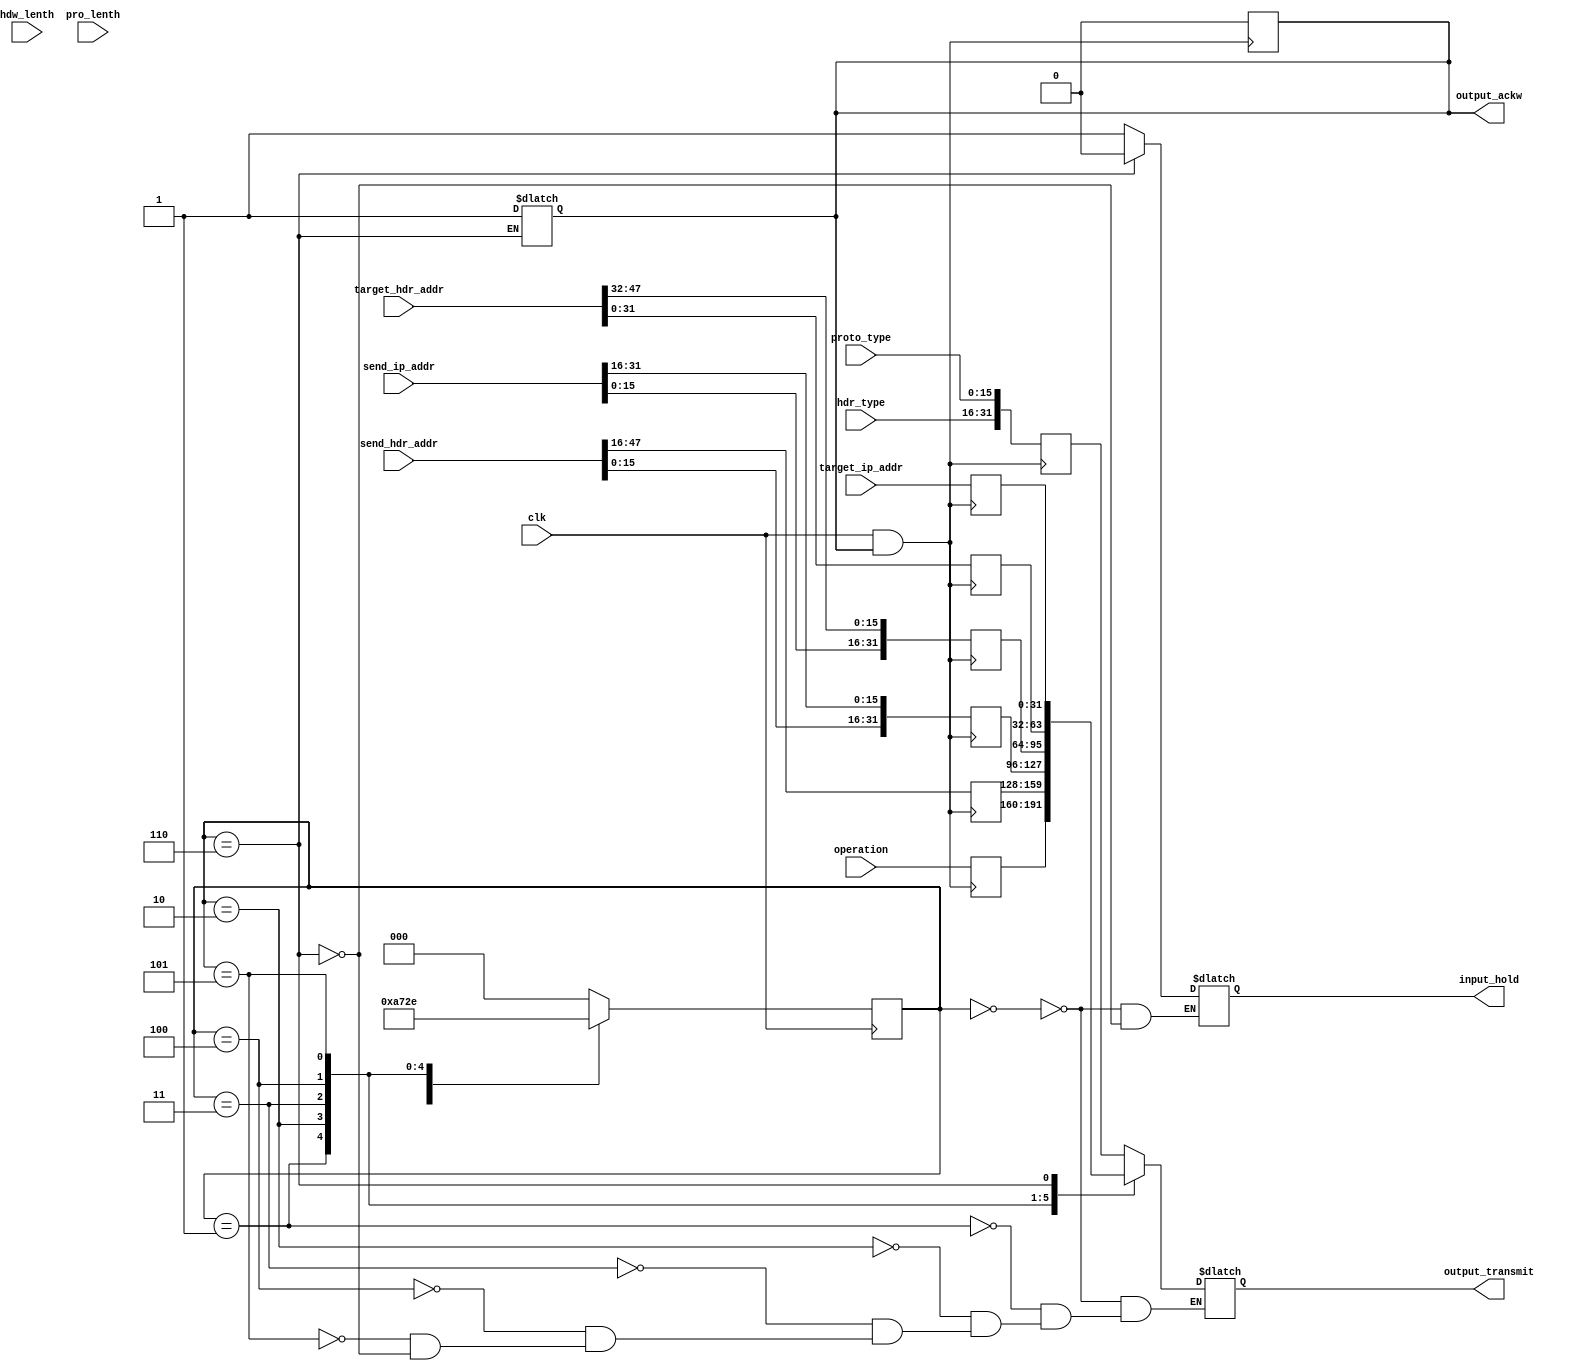
`timescale 1ns / 1ps
//////////////////////////////////////////////////////////////////////////////////
// Company: 
// Engineer: 
// 
// Design Name: 
// Module Name: arp_transm
// Project Name: 
// Target Devices: 
// Tool Versions: 
// Description: 
// 
// Dependencies: 
// 
// Revision:
// Revision 0.01 - File Created
// Additional Comments:
// 
//////////////////////////////////////////////////////////////////////////////////


module arp_transm(hdw_lenth,pro_lenth,operation,hdr_type,proto_type,send_hdr_addr,send_ip_addr,target_hdr_addr,target_ip_addr,output_transmit,clk,output_ackw,input_hold);
input [15:0] hdr_type;        //hardware type
input [15:0] proto_type;      //protocol type
input [47:0] send_hdr_addr;   //sender mac address
input [31:0] send_ip_addr;    //sender ip address
input [47:0] target_hdr_addr; //target mac address
input [31:0] target_ip_addr;
input [7:0] hdw_lenth;
input [15:8] pro_lenth;
input [31:0] operation;//target ip address
input clk;                    //clock

output reg [31:0] output_transmit; //transmitted output 

output reg output_ackw=1;  //output is transmitted

output reg input_hold=0;

 reg [31:0] M0;
 reg [31:0] M1;
 reg [31:0] M2;
 reg [31:0] M3;
 reg [31:0] M4;
 reg [31:0] M5;
 reg [31:0] M6;
 
 parameter s0=3'b000;
 parameter s1=3'b001;
 parameter s2=3'b010;
 parameter s3=3'b011;
 parameter s4=3'b100;
 parameter s5=3'b101;
 parameter s6=3'b110;
 
reg [2:0]state;
reg [2:0]next_state=s0;




always@(posedge clk & output_ackw)
begin
   /*storing the input into temporary registers before transferring to the output*/
  M0 <= {hdr_type,proto_type};
  M1 <={hdw_lenth,pro_lenth,operation};
  M2 <= send_hdr_addr[47:16];
  M3 <= {send_hdr_addr[15:0],send_ip_addr[31:16]};
  M4 <= {send_ip_addr[15:0],target_hdr_addr[47:32]};
  M5 <= target_hdr_addr[31:0];
  M6 <= target_ip_addr;
  output_ackw<=0;
  
 end
    
    


   
always@(posedge clk)
begin
state<=next_state;
end   

always@(state)
begin
case(state)
s0 : begin 
     next_state<=s1;
     output_transmit<=M0;
     input_hold<=1;
     end
s1 : begin
     next_state<=s2;
     output_transmit<=M1;
     end     
s2 : begin
     next_state<=s3;
     output_transmit<=M2;
     end
s3 : begin 
     next_state<=s4;
     output_transmit<=M3;
     end
s4 : begin 
     next_state<=s5;
     output_transmit<=M4;
     end
s5 : begin 
     next_state<=s6;
     output_transmit<=M5;
     end
 s6 : begin 
          next_state<=s0;
          output_transmit<=M6;
          output_ackw<=1;
          input_hold<=0;
          end   
default : next_state<=s0;

endcase




end



    
endmodule